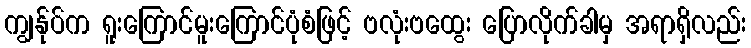
ကျွန်ုပ်က ရူးကြောင်မူးကြောင်ပုံစံဖြင့် ဗလုံးဗထွေး ပြောလိုက်ခါမှ အရာရှိလည်း